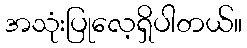
အသုံးပြုလေ့ရှိပါတယ်။